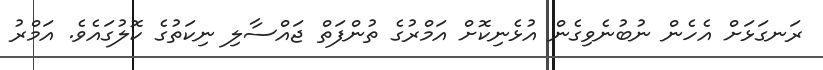
ރަނގަޅަށް އެހެން ނުބުނެވިގެން އުޅެނިކޮށް އަމްރުގެ ތުންފަތް ޖައްސާލި ނިކަތުގެ ކޮލުގައެވެ. އަމްރު